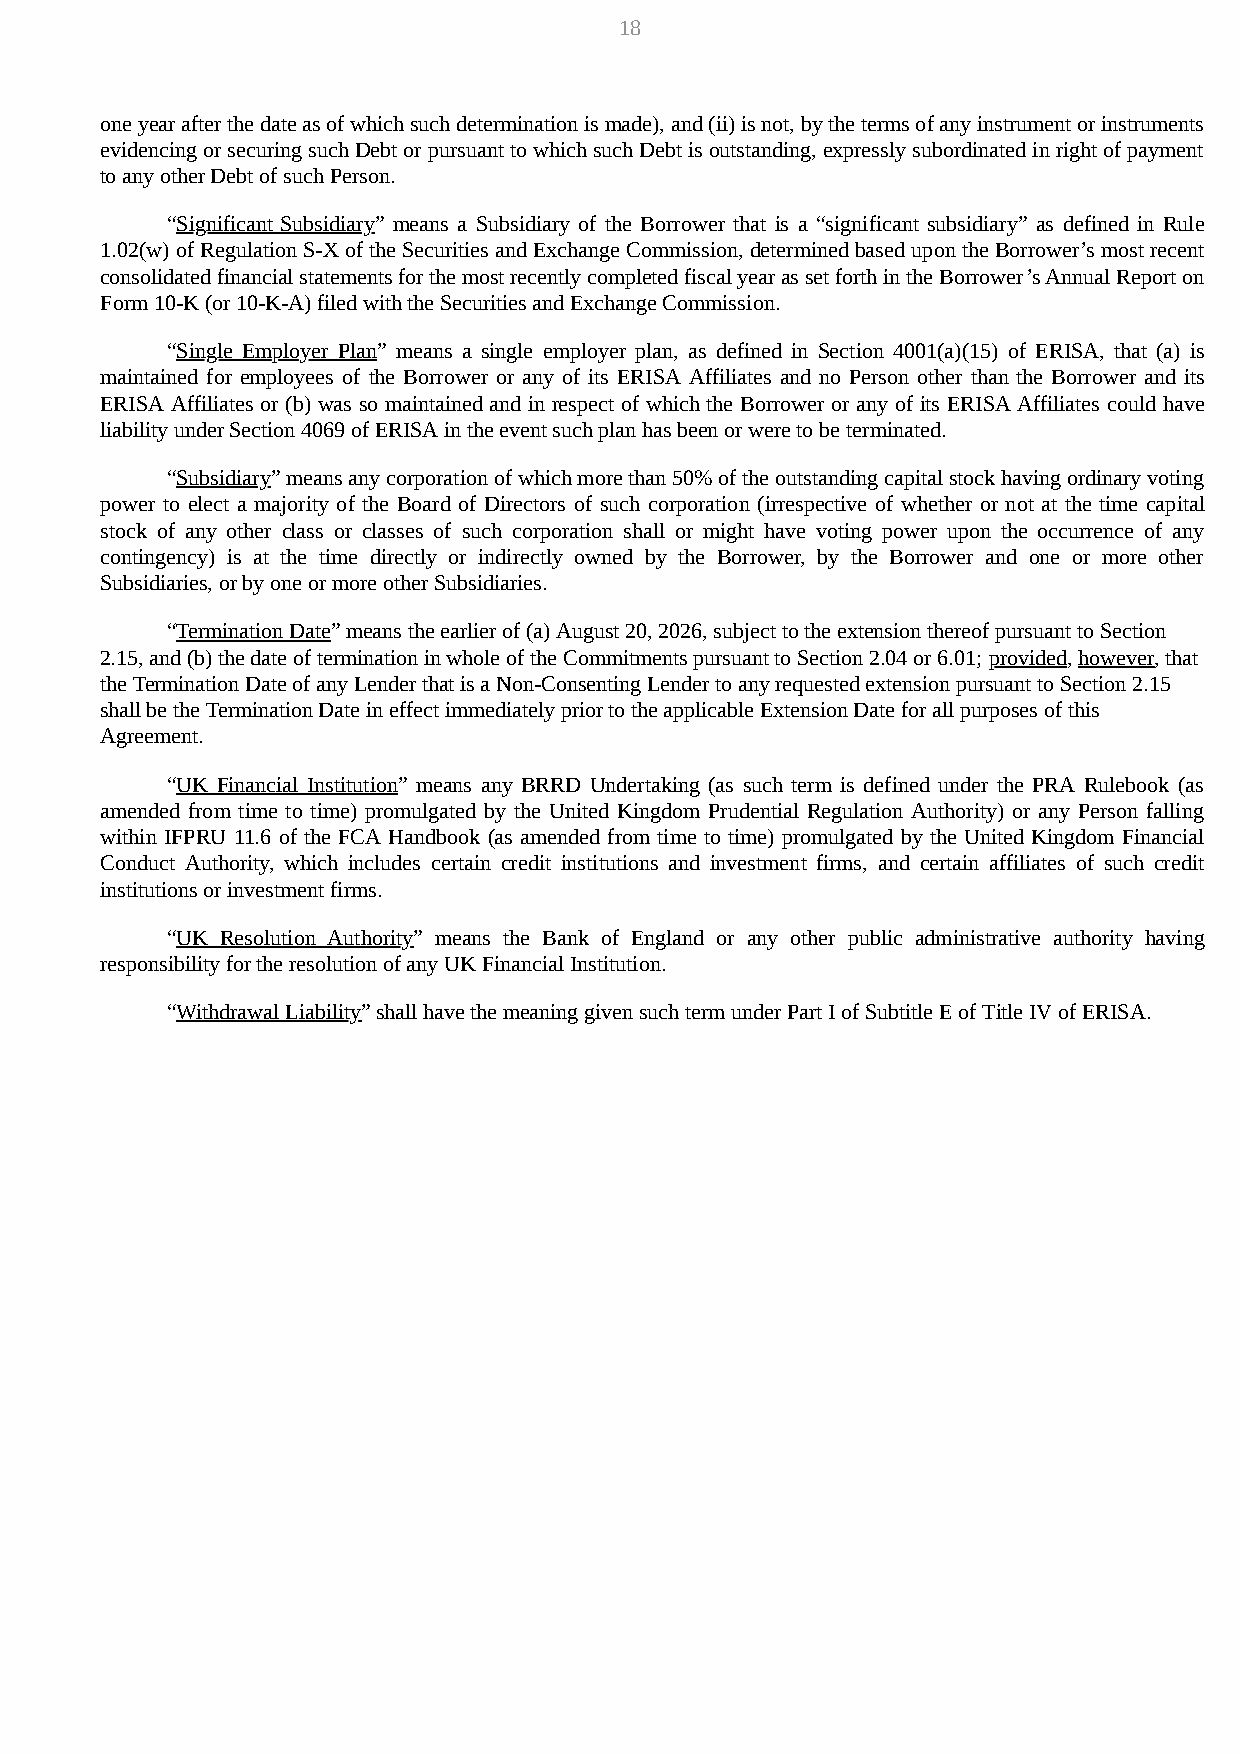
18
 one year after the date as of which such determination is made), and (ii) is not, by the terms of any instrument or instruments
 evidencing or securing such Debt or pursuant to which such Debt is outstanding, expressly subordinated in right of payment
 to any other Debt of such Person.
 “Significant Subsidiary” means a Subsidiary of the Borrower that is a “significant subsidiary” as defined in Rule
 1.02(w) of Regulation S-X of the Securities and Exchange Commission, determined based upon the Borrower’s most recent
 consolidated financial statements for the most recently completed fiscal year as set forth in the Borrower’s Annual Report on
 Form 10-K (or 10-K-A) filed with the Securities and Exchange Commission.
 “Single Employer Plan” means a single employer plan, as defined in Section 4001(a)(15) of ERISA, that (a) is
 maintained for employees of the Borrower or any of its ERISA Affiliates and no Person other than the Borrower and its
 ERISA Affiliates or (b) was so maintained and in respect of which the Borrower or any of its ERISA Affiliates could have
 liability under Section 4069 of ERISA in the event such plan has been or were to be terminated.
 “Subsidiary” means any corporation of which more than 50% of the outstanding capital stock having ordinary voting
 power to elect a majority of the Board of Directors of such corporation (irrespective of whether or not at the time capital
 stock of any other class or classes of such corporation shall or might have voting power upon the occurrence of any
 contingency) is at the time directly or indirectly owned by the Borrower, by the Borrower and one or more other
 Subsidiaries, or by one or more other Subsidiaries.
 “Termination Date” means the earlier of (a) August 20, 2026, subject to the extension thereof pursuant to Section
 2.15, and (b) the date of termination in whole of the Commitments pursuant to Section 2.04 or 6.01; provided, however, that
 the Termination Date of any Lender that is a Non-Consenting Lender to any requested extension pursuant to Section 2.15
 shall be the Termination Date in effect immediately prior to the applicable Extension Date for all purposes of this
 Agreement.
 “UK Financial Institution” means any BRRD Undertaking (as such term is defined under the PRA Rulebook (as
 amended from time to time) promulgated by the United Kingdom Prudential Regulation Authority) or any Person falling
 within IFPRU 11.6 of the FCA Handbook (as amended from time to time) promulgated by the United Kingdom Financial
 Conduct Authority, which includes certain credit institutions and investment firms, and certain affiliates of such credit
 institutions or investment firms.
 “UK Resolution Authority” means the Bank of England or any other public administrative authority having
 responsibility for the resolution of any UK Financial Institution.
 “Withdrawal Liability” shall have the meaning given such term under Part I of Subtitle E of Title IV of ERISA.